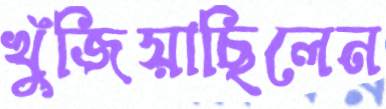
খুঁজিয়াছিলেন